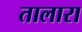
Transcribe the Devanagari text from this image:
तालारा